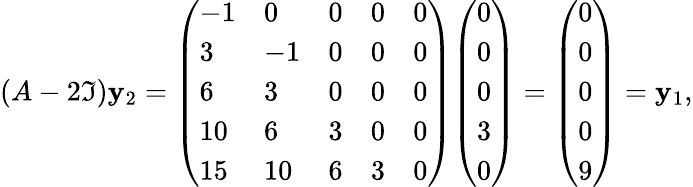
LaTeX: (A-2\mathfrak{I})\mathbf{{y}}_{2}={\left(\begin{array}{lllll}{-1}&{0}&{0}&{0}&{0}\\ {3}&{-1}&{0}&{0}&{0}\\ {6}&{3}&{0}&{0}&{0}\\ {10}&{6}&{3}&{0}&{0}\\ {15}&{10}&{6}&{3}&{0}\end{array}\right)}{\left(\begin{array}{l}{0}\\ {0}\\ {0}\\ {3}\\ {0}\end{array}\right)}={\left(\begin{array}{l}{0}\\ {0}\\ {0}\\ {0}\\ {9}\end{array}\right)}=\mathbf{{y}}_{1},